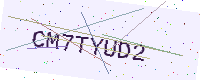
Text: CM7TYUD2